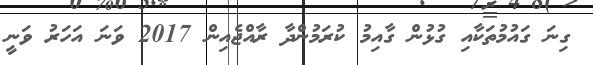
ގިނަ ގައުމުތަކާއި ގުޅުން ގާއިމު ކުރަމުންދާ ރާއްޖެއިން 2017 ވަނަ އަހަރު ވަނީ